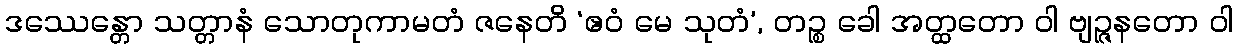
ဒဿေန္တော သတ္တာနံ သောတုကာမတံ ဇနေတိ ‘ဧဝံ မေ သုတံ’, တဉ္စ ခေါ အတ္ထတော ဝါ ဗျဉ္ဇနတော ဝါ